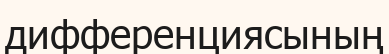
дифференциясының